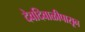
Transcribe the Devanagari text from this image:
देवदिवाळीपासून